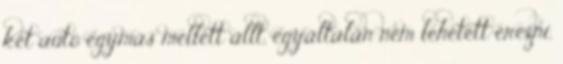
két autó egymás mellett állt, egyáltalán nem lehetett érezni,